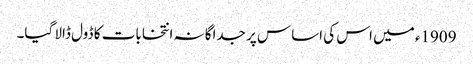
1909ء میں اس کی اساس پر جداگانہ انتخابات کا ڈول ڈالا گیا۔